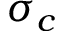
\sigma _ { c }